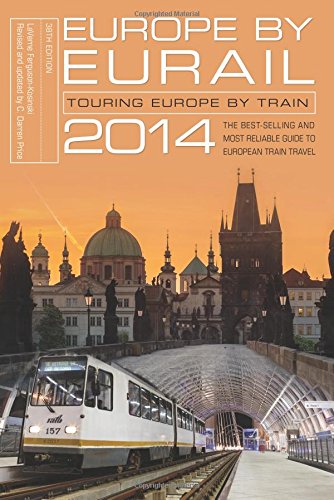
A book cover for Europe by Eurail 2014: Touring Europe by Train; LaVerne Ferguson-Kosinski; Travel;